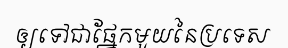
ឲ្យទៅជាផ្នែកមួយនៃប្រទេស